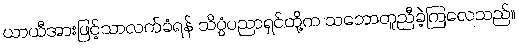
ယာယီအားဖြင့်သာလက်ခံရန် သိပ္ပံပညာရှင်တို့က သဘောတူညီခဲ့ကြလေသည်။